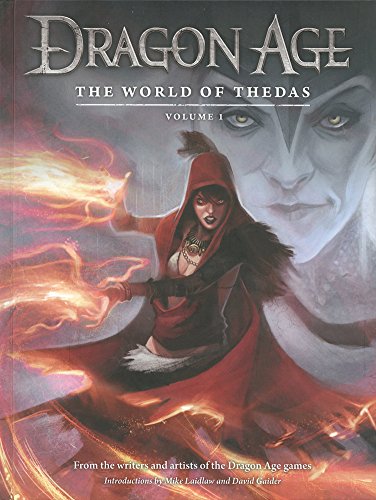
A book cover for Dragon Age: The World of Thedas Volume 1; Various; Comics & Graphic Novels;